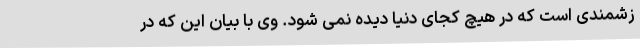
زشمندی است که در هیچ کجای دنیا دیده نمی شود. وی با بیان این که در